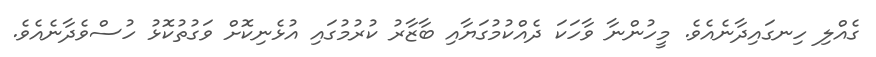
ގެއްލި ހިނގައިދާނެއެވެ. މީހުންނާ ވާހަކަ ދެއްކުމުގަޔާއި ބާޒާރު ކުރުމުގައި އުޅެނިކޮށް ވަގުތުކޮޅު ހުސްވެދާނެއެވެ.